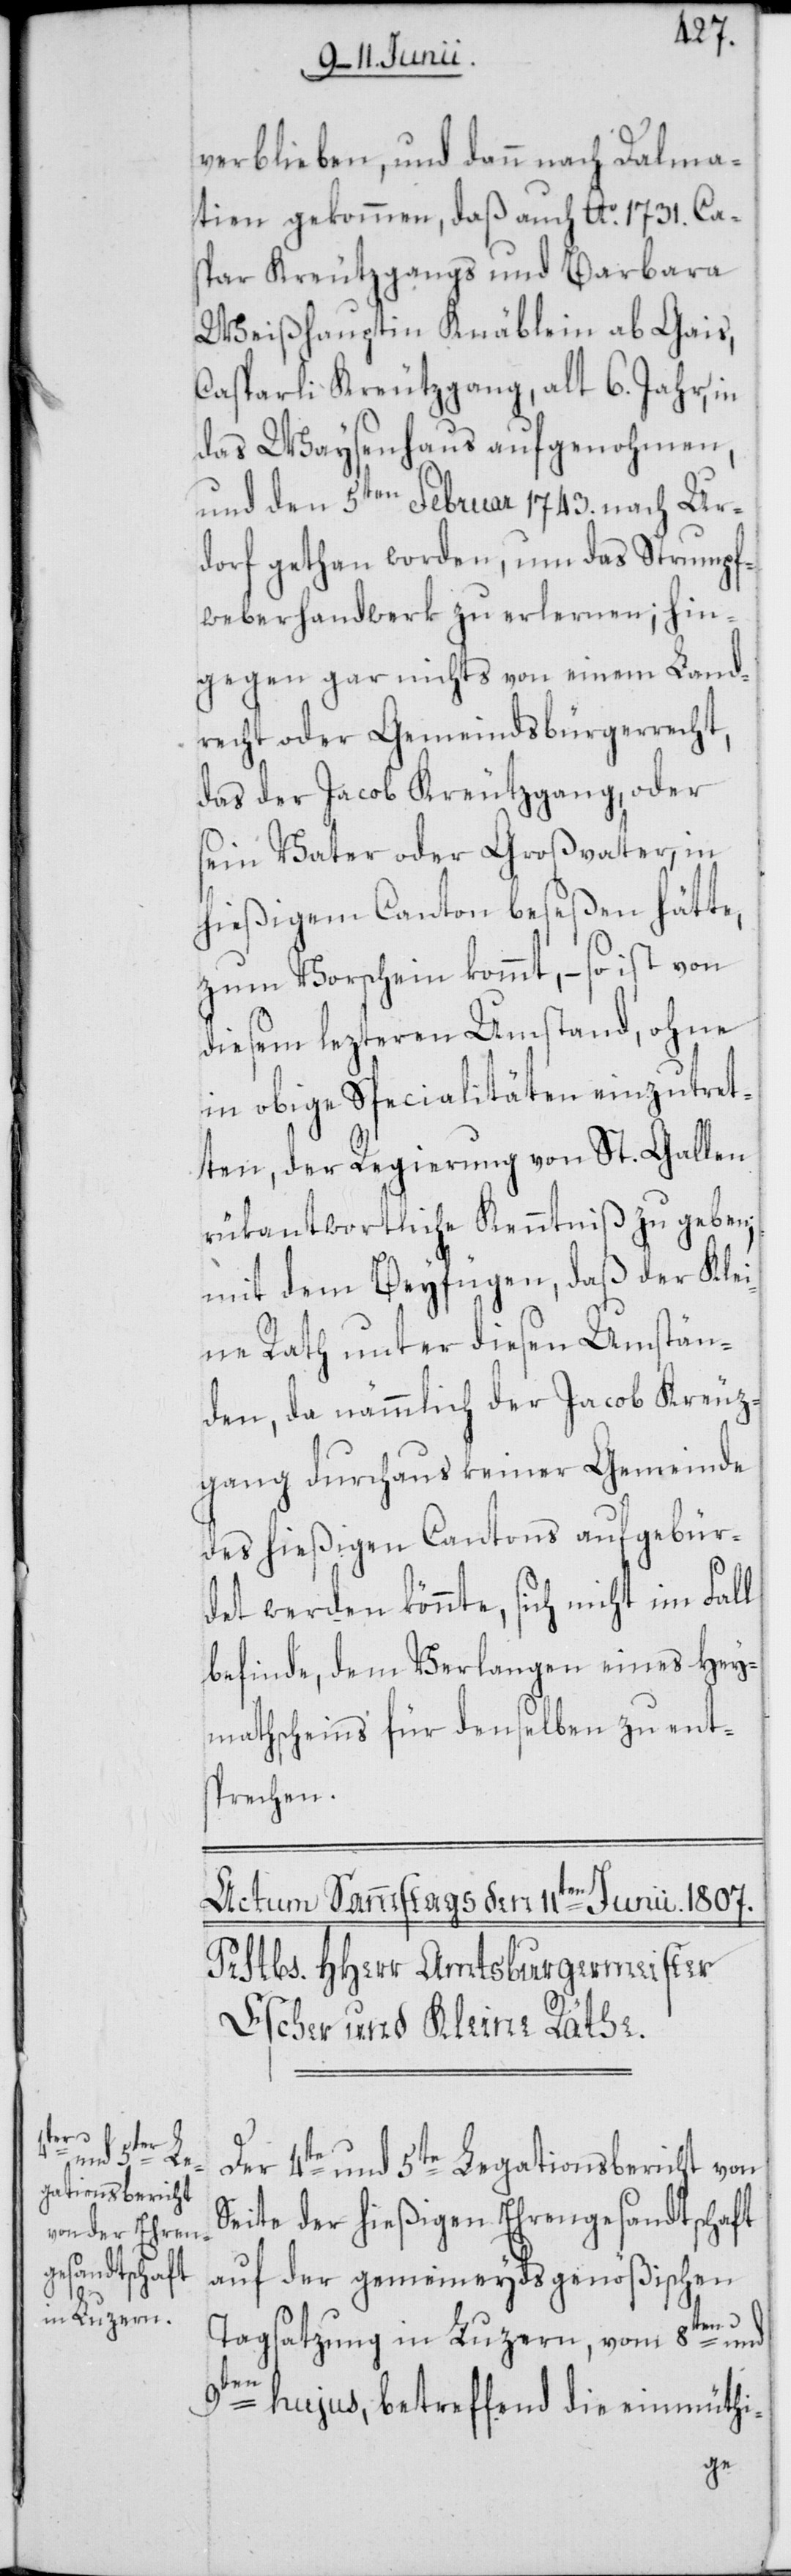
verblieben, und dann nach Dalma¬
tien gekommen, daß auch Ao. 1731. Cas¬
par Kreutzgangs und Barbara
Weißhauptin Knäblein ab Gais,
Casparli Kreutzgang, alt 6. Jahr, in
das Waysenhaus aufgenohmen,
und den 5ten Februar 1743. nach Ur¬
dorf gethan worden, um das Strumpf¬
weberhandwerk zu erlernen; hin¬
gegen gar nichts von einem Land¬
recht oder Gemeindsbürgerrecht,
das der Jacob Kreutzgang, oder
sein Vater oder Großvater, in
hießigem Canton beseßen hätte,
zum Vorschein kommt, – so ist von
diesem lezteren Umstand, ohne
in obige Specialitäten einzutret¬
ten, der Regierung von St. Gallen
rükantwortliche Kenntniß zu geben;
mit dem Beyfügen, daß der Klei¬
ne Rath unter diesen Umstän¬
den, da nämmlich der Jacob Kreutz¬
gang durchaus keiner Gemeinde
des hießigen Cantons aufgebür¬
det werden könnte, sich nicht im Fall
befinde, dem Verlangen eines Hey¬
mathscheins für denselben zu ent¬
sprechen.
Der 4te und 5te Legationsbericht von
Seite der hießigen Ehrengesandtschaft
auf der gemeimeydsgenößischen
Tagsatzung in Luzern, vom 8ten und
9ten hujus, betreffend die einmüthi-